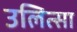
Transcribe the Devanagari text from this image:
उलित्सा